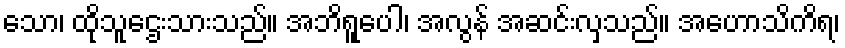
သော၊ ထိုသူဌေးသားသည်။ အဘိရူပေါ၊ အလွန် အဆင်းလှသည်။ အဟောသိကိရ၊